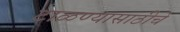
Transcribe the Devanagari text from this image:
टाळण्यासाठीचे